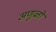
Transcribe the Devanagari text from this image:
अणुव्रतों